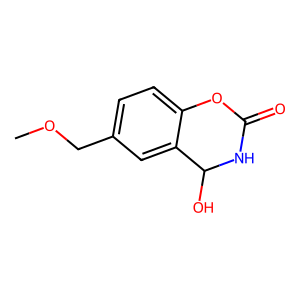
SMILES: COCc1ccc2c(c1)C(O)NC(=O)O2
Inhibits HIV replication: No